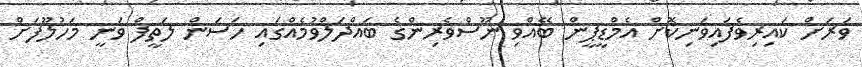
ވަރަށް ކައިރިވެފައިވަނިކޮށް އެމްޑީޕީން ބޭއްވި ނޫސްވެރިންގެ ބައްދަލްވުމެއްގައި ހަސަން ލަތީފް ވަނީ މަަހުލޫފަށް